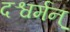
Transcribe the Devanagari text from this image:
दश्वर्मन्‌